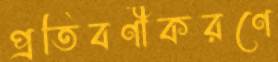
প্রতিবর্ণীকরণে